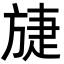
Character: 𣄂